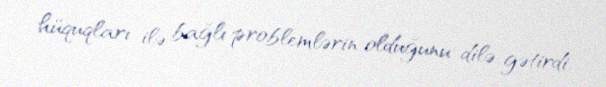
hüquqları ilə bağlı problemlərin olduğunu dilə gətirdi.